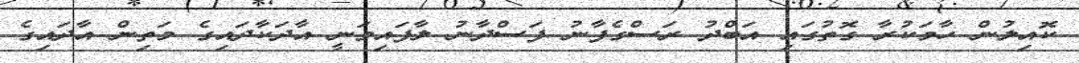
ކޮއިލުން ހާމަކުރާ ގޮތުގައި އަބްދު ރަސްގެފާނު ފަސްދާނު ލާފައިވަނީ އާދަކާދައިގެ މަތިން އާދައިގެ